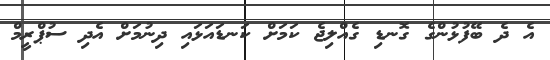
އެ ދެ ބޭފުޅުންގެ ގޮނޑި ގެއްލިޖެ ކަމަށް ކަނޑައަޅައި ދިނުމަށް އެދި ސުޕްރީމް